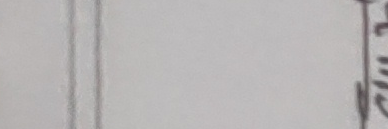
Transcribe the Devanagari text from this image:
घव्वुण